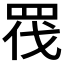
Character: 𭾬